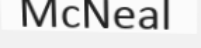
McNeal